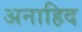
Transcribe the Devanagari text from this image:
अनाहिद